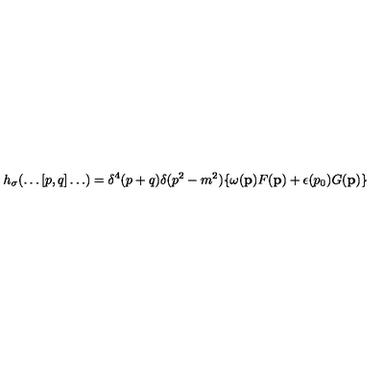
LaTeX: h _ { \sigma } ( \ldots [ p , q ] \ldots ) = \delta ^ { 4 } ( p + q ) \delta ( p ^ { 2 } - m ^ { 2 } ) \{ \omega ( { \bf p } ) F ( { \bf p } ) + \epsilon ( p _ { 0 } ) G ( { \bf p } ) \}